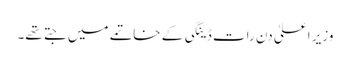
وزیر اعلیٰ دن رات ڈینگی کے خاتمے میں جتے تھے۔